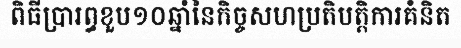
ពិធីប្រារព្ធខួប១០ឆ្នាំនៃកិច្ចសហប្រតិបត្តិការគំនិត